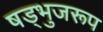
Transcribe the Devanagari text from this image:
षड्भुजरूप